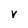
Character: V